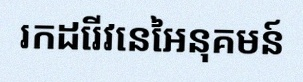
រកដេរីវេនៃអនុគមន៍